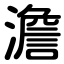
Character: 澹